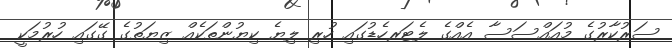
ސަރުކާރުގެ މުއައްސަސާ އެއްގެ ލެޓަރހެޑުގައި ހުރި ލިޔެ ކިޔުންތަކެއް ޒިޔަތުގެ ގޭގައި ހުރުމަކީ